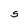
Character: S